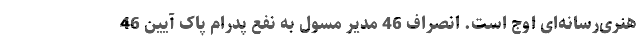
هنری‌رسانه‌ای اوج است. انصراف 46 مدیر مسول به نفع پدرام پاک آیین 46